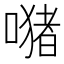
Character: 𱔢